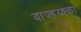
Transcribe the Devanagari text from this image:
वाज्हय्क्का